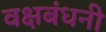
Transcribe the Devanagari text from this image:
वक्षबंधनी